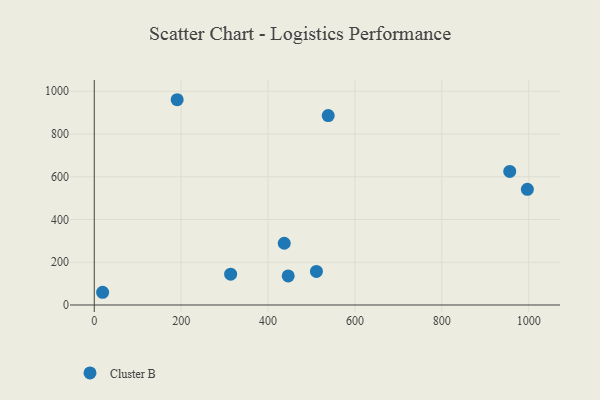
{"axis": {"x": "Engine Size", "y": "Exam Score"}, "legend": ["Cluster B"], "data": [{"x": "997.0", "y": 541.0, "type": "Cluster B"}, {"x": "446.4", "y": 136.0, "type": "Cluster B"}, {"x": "19.2", "y": 59.5, "type": "Cluster B"}, {"x": "956.4", "y": 624.8, "type": "Cluster B"}, {"x": "313.9", "y": 144.0, "type": "Cluster B"}, {"x": "437.3", "y": 288.8, "type": "Cluster B"}, {"x": "538.5", "y": 886.3, "type": "Cluster B"}, {"x": "190.8", "y": 960.3, "type": "Cluster B"}, {"x": "511.4", "y": 157.1, "type": "Cluster B"}]}